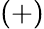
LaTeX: \left(+\right)